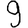
Digit: 9